画像に写った文字を読んでください
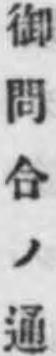
「御問合ノ通」と書いてあります